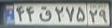
۴۴ق۲۷۵۲۹